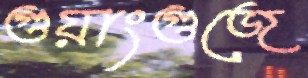
গুয়াংগুজে